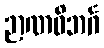
ဉာဏဝိဘင်္ဂ